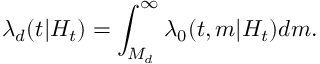
\lambda _ { d } ( t | H _ { t } ) = \int _ { M _ { d } } ^ { \infty } \lambda _ { 0 } ( t , m | H _ { t } ) d m .